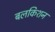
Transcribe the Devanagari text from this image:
बलकिशन